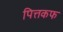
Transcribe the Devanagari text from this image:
पित्तकफ